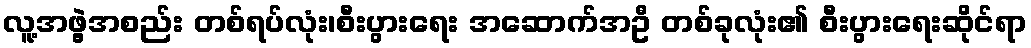
လူ့အဖွဲ့အစည်း တစ်ရပ်လုံး၊စီးပွားရေး အဆောက်အဦ တစ်ခုလုံး၏ စီးပွားရေးဆိုင်ရာ